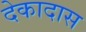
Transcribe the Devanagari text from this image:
देकादास